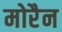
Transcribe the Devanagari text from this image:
मोरैन